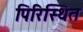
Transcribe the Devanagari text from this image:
पिरिस्थित